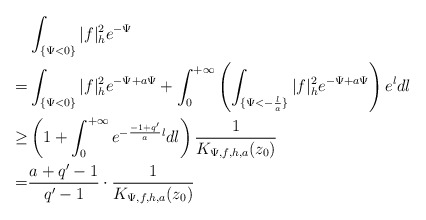
\begin{align*}&\int_{\{\Psi<0\}}|f|^2_he^{-\Psi}\\=&\int_{\{\Psi<0\}}|f|^2_he^{-\Psi+a\Psi} +\int_{0}^{+\infty}\left(\int_{\{\Psi<-\frac{l}{a}\}}|f|^2_he^{-\Psi+a\Psi} \right)e^{l}dl\\\ge&\left(1+\int_0^{+\infty}e^{-\frac{-1+q'}{a}l}dl\right)\frac{1}{K_{\Psi,f,h,a}(z_0)}\\=&\frac{a+q'-1}{q'-1}\cdot\frac{1}{K_{\Psi,f,h,a}(z_0)}\end{align*}